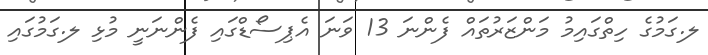
ލ.ގަމުގެ ހިތްގައިމު މަންޒަރުތައް ފެންނަ 13 ވަނަ އެޕިސޯޑްގައި ފެންނަނީ މުޅި ލ.ގަމުގައި